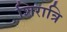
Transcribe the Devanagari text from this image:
शिरात्रि